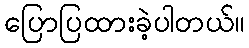
ပြောပြထားခဲ့ပါတယ်။